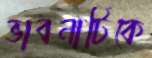
ভাবনাটিকে